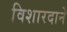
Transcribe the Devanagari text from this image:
विशारदाने